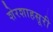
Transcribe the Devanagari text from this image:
शेरशाहसूरी